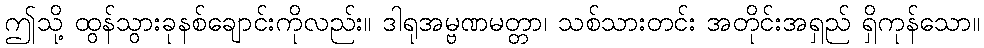
ဤသို့ ထွန်သွားခုနစ်ချောင်းကိုလည်း။ ဒါရုအမ္ဗဏမတ္တာ၊ သစ်သားတင်း အတိုင်းအရှည် ရှိကုန်သော။